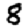
Digit: 8